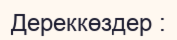
Дереккөздер :